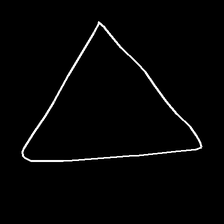
Glyph: convergence